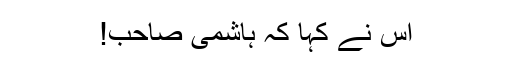
اس نے کہا کہ ہاشمی صاحب!